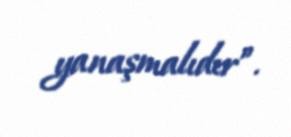
yanaşmalıdır”.